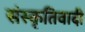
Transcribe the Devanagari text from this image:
संस्कृतिवादी